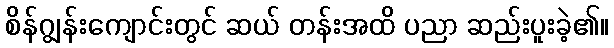
စိန်ဂျွန်းကျောင်းတွင် ဆယ် တန်းအထိ ပညာ ဆည်းပူးခဲ့၏။